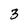
Character: 3